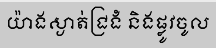
យ៉ាងស្ងាត់ជ្រងំ និងផ្លូវចូល